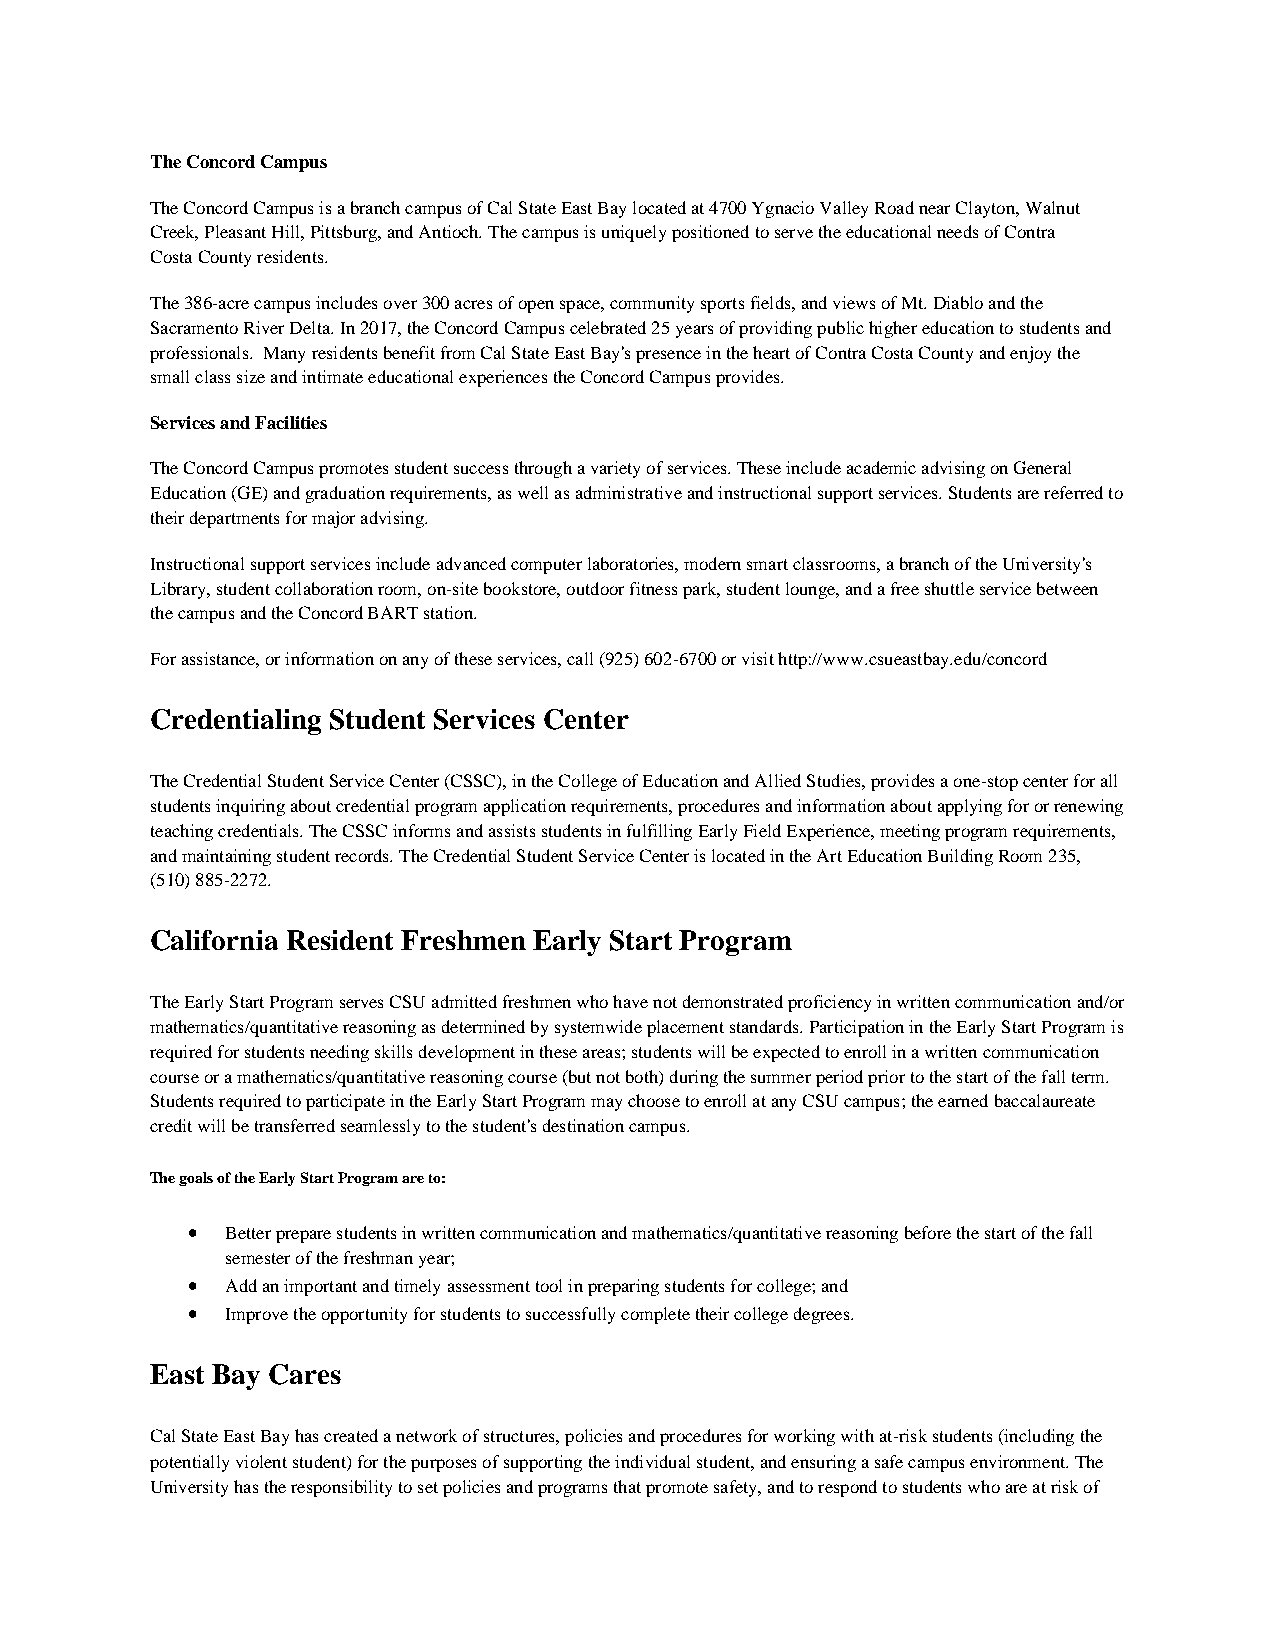
The Concord Campus
 The Concord Campus is a branch campus of Cal State East Bay located at 4700 Ygnacio Valley Road near Clayton, Walnut
 Creek, Pleasant Hill, Pittsburg, and Antioch. The campus is uniquely positioned to serve the educational needs of Contra
 Costa County residents.
 The 386-acre campus includes over 300 acres of open space, community sports fields, and views of Mt. Diablo and the
 Sacramento River Delta. In 2017, the Concord Campus celebrated 25 years of providing public higher education to students and
 professionals. Many residents benefit from Cal State East Bay's presence in the heart of Contra Costa County and enjoy the
 small class size and intimate educational experiences the Concord Campus provides.
 Services and Facilities
 The Concord Campus promotes student success through a variety of services. These include academic advising on General
 Education (GE) and graduation requirements, as well as administrative and instructional support services. Students are referred to
 their departments for major advising.
 Instructional support services include advanced computer laboratories, modern smart classrooms, a branch of the University's
 Library, student collaboration room, on-site bookstore, outdoor fitness park, student lounge, and a free shuttle service between
 the campus and the Concord BART station.
 For assistance, or information on any of these services, call (925) 602-6700 or visit http://www.csueastbay.edu/concord
 Credentialing Student Services Center
 The Credential Student Service Center (CSSC), in the College of Education and Allied Studies, provides a one-stop center for all
 students inquiring about credential program application requirements, procedures and information about applying for or renewing
 teaching credentials. The CSSC informs and assists students in fulfilling Early Field Experience, meeting program requirements,
 and maintaining student records. The Credential Student Service Center is located in the Art Education Building Room 235,
 (510) 885-2272.
 California Resident Freshmen Early Start Program
 The Early Start Program serves CSU admitted freshmen who have not demonstrated proficiency in written communication and/or
 mathematics/quantitative reasoning as determined by systemwide placement standards. Participation in the Early Start Program is
 required for students needing skills development in these areas; students will be expected to enroll in a written communication
 course or a mathematics/quantitative reasoning course (but not both) during the summer period prior to the start of the fall term.
 Students required to participate in the Early Start Program may choose to enroll at any CSU campus; the earned baccalaureate
 credit will be transferred seamlessly to the student's destination campus.
 The goals of the Early Start Program are to:
 •  Better prepare students in written communication and mathematics/quantitative reasoning before the start of the fall
 semester of the freshman year;
 •  Add an important and timely assessment tool in preparing students for college; and
 •  Improve the opportunity for students to successfully complete their college degrees.
 East Bay Cares
 Cal State East Bay has created a network of structures, policies and procedures for working with at-risk students (including the
 potentially violent student) for the purposes of supporting the individual student, and ensuring a safe campus environment. The
 University has the responsibility to set policies and programs that promote safety, and to respond to students who are at risk of